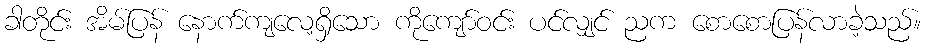
ခါတိုင်း အိမ်ပြန် နောက်ကျလေ့ရှိသော ကိုကျော်ဝင်း ပင်လျှင် ညက စောစောပြန်လာခဲ့သည်။